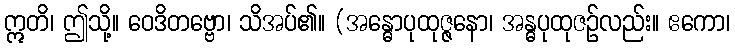
ဣတိ၊ ဤသို့။ ဝေဒိတဗ္ဗော၊ သိအပ်၏။ (အန္ဓောပုထုဇ္ဇနော၊ အန္ဓပုထုဇဉ်လည်း။ ဧကော၊